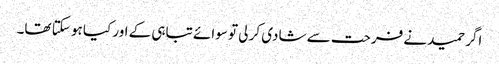
اگر حمید نے فرحت سے شادی کر لی تو سوائے تباہی کے اور کیا ہو سکتا تھا۔